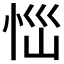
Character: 𢙉